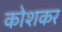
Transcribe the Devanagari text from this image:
कोशकर